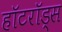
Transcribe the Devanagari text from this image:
हॉटरॉड्स